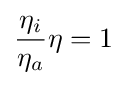
{\frac {\eta _{i}}{\eta _{a}}}\eta =1